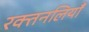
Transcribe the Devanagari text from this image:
रक्तनलियाँ